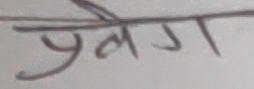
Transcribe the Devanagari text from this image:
प्रवेग